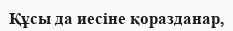
Құсы да иесіне қоразданар,